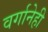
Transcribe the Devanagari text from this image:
वर्गानेही